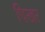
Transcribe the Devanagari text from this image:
षिखर